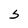
Character: 5